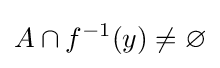
A\cap f^{-1}(y)\neq \varnothing